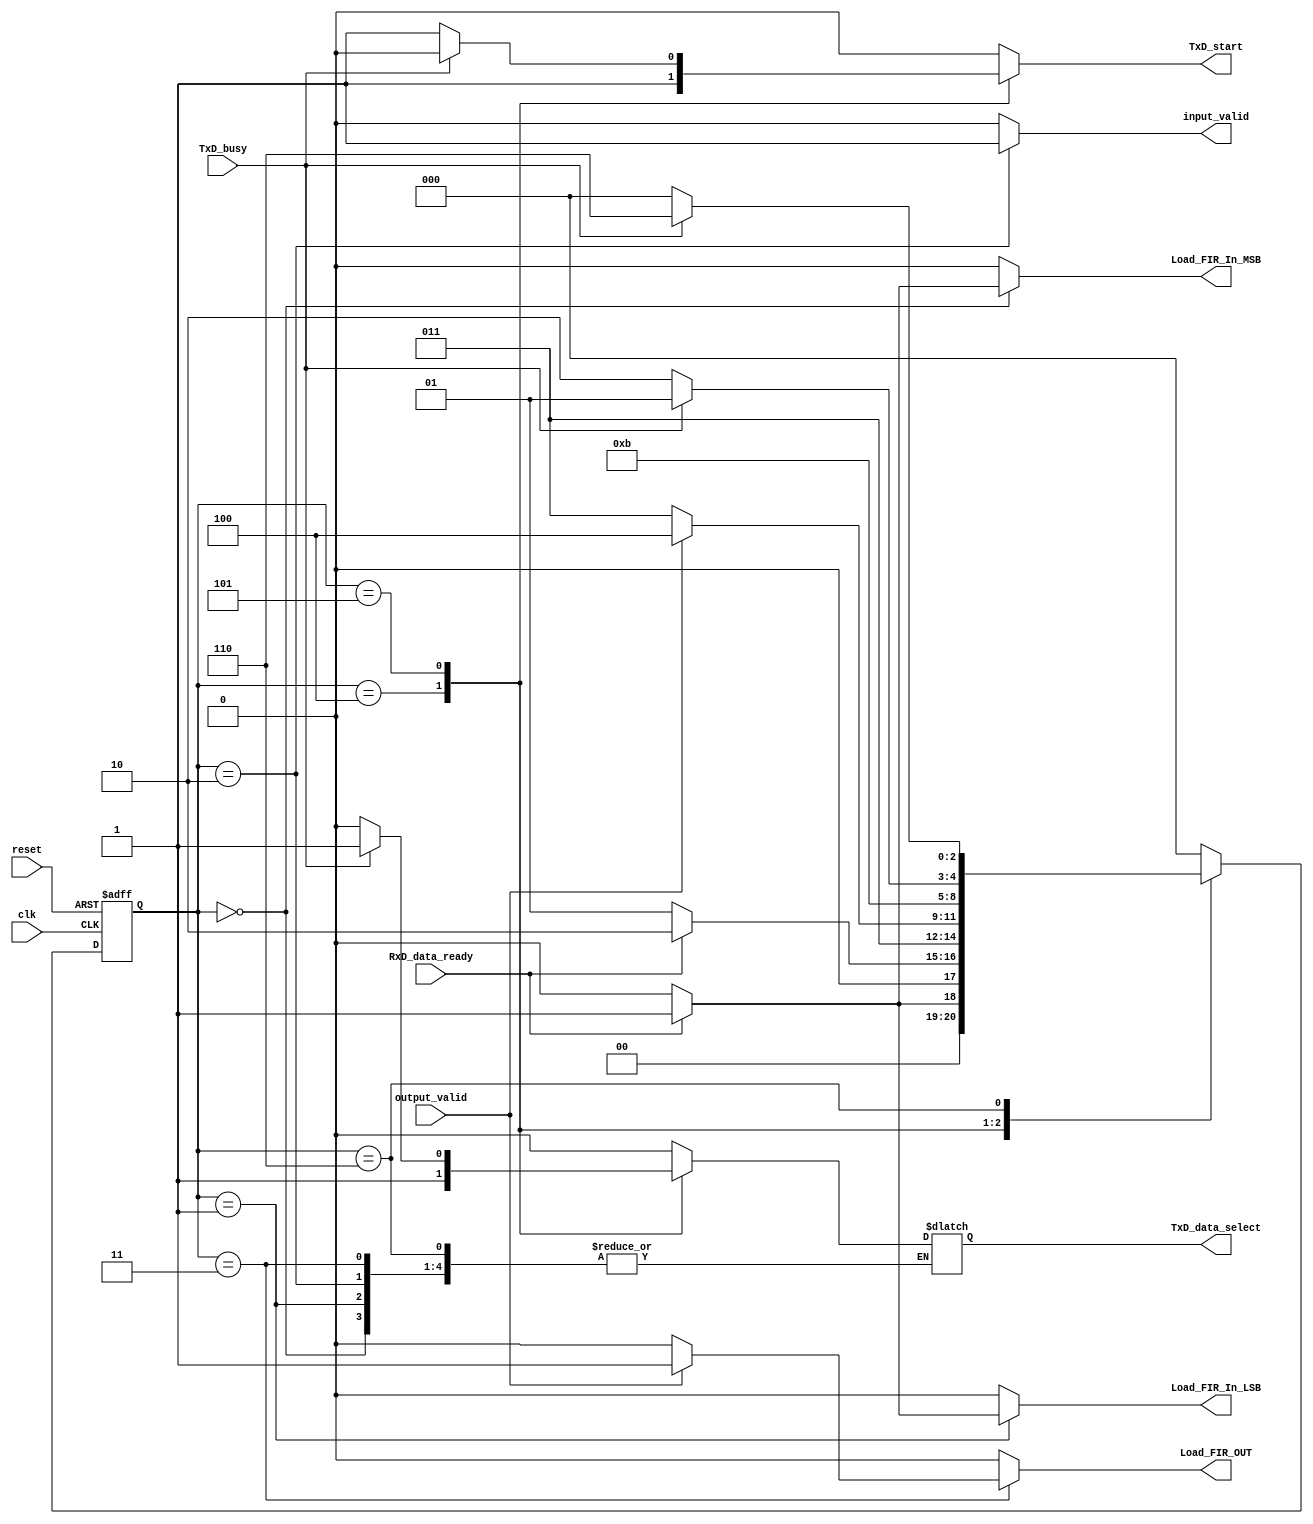
module FIR_Module_CU(clk, reset, RxD_data_ready, output_valid, TxD_busy, Load_FIR_In_LSB, Load_FIR_In_MSB, input_valid, Load_FIR_OUT, TxD_start, TxD_data_select);
	input clk, reset, RxD_data_ready, output_valid, TxD_busy;
	output reg Load_FIR_In_LSB, Load_FIR_In_MSB, input_valid, Load_FIR_OUT, TxD_start, TxD_data_select;

reg[2 : 0] ns, ps;
parameter[2 : 0] Receive_input_MSB = 3'b000, Receive_input_LSB = 3'b001, Valid_FIR_input_and_start_calculation = 3'b010, Calc = 3'b011, Load_FIR_output_and_start_sending = 3'b100, Send_output_MSB = 3'b101, Send_output_LSB = 3'b110;

always @(RxD_data_ready, output_valid, TxD_busy) begin
   {Load_FIR_In_LSB, Load_FIR_In_MSB, input_valid, Load_FIR_OUT, TxD_start} = 5'b0;
   case(ps)
     Receive_input_MSB:  begin ns = RxD_data_ready ? Receive_input_LSB : Receive_input_MSB; Load_FIR_In_MSB = RxD_data_ready ? 1 : 0; end
     Receive_input_LSB:  begin ns = RxD_data_ready ? Valid_FIR_input_and_start_calculation : Receive_input_LSB; Load_FIR_In_LSB = RxD_data_ready ? 1 : 0; end
     Valid_FIR_input_and_start_calculation: begin ns = Calc; input_valid = 1; end
     Calc:  begin ns = output_valid ? Load_FIR_output_and_start_sending : Calc; Load_FIR_OUT = output_valid ? 1 : 0; end
     Load_FIR_output_and_start_sending: begin ns = Send_output_MSB; TxD_start = 1; TxD_data_select = 1; end
     Send_output_MSB: begin ns = TxD_busy ? Send_output_MSB : Send_output_LSB; TxD_start = TxD_busy ? 0 : 1; TxD_data_select = TxD_busy ? 1 : 0; end
     Send_output_LSB: begin ns = TxD_busy ? Send_output_LSB : Receive_input_MSB; end
     default: begin ns = Receive_input_MSB; TxD_data_select = 0; end
   endcase
end

always @(posedge clk, posedge reset) begin

   if(reset)
     ps <= 0;
   else begin
     ps <= ns;
   end

end

endmodule